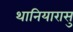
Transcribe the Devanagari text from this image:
थानियारासु